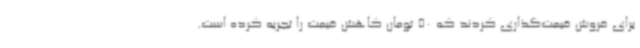
برای فروش قیمت‌گذاری کردند که 50 تومان کاهش قیمت را تجربه کرده است.